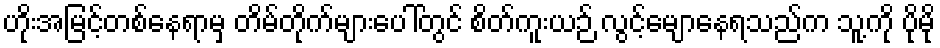
ဟိုးအမြင့်တစ်နေရာမှ တိမ်တိုက်များပေါ်တွင် စိတ်ကူးယဉ် လွင့်မျောနေရသည်က သူ့ကို ပိုမို